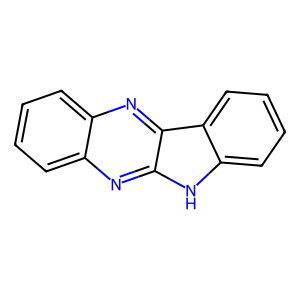
SMILES: c1ccc2nc3c(nc2c1)[nH]c1ccccc13
Inhibits HIV replication: No